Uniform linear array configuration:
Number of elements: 64
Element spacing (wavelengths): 0.5
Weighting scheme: exponential
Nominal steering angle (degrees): -45
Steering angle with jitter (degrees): -44.911
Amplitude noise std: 0.05
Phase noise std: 0.05

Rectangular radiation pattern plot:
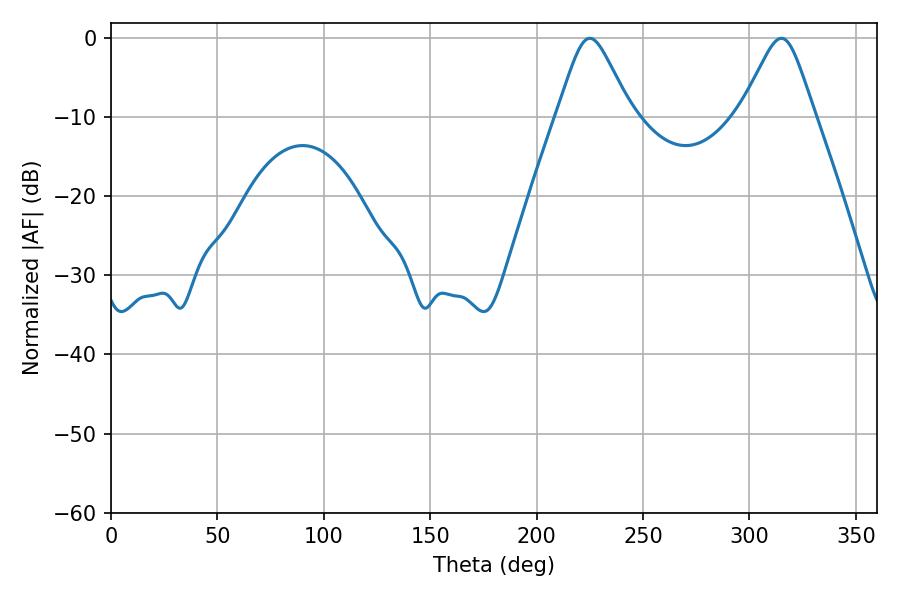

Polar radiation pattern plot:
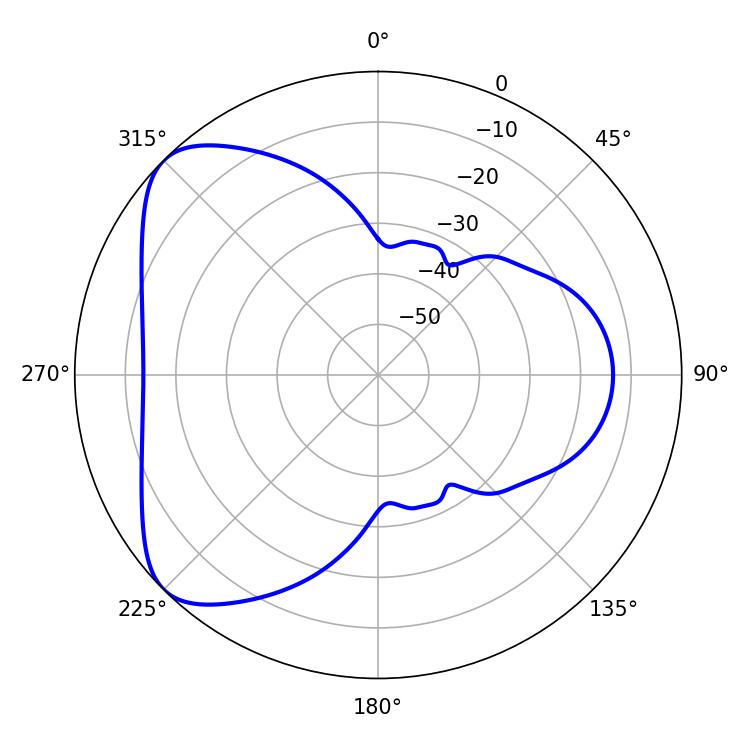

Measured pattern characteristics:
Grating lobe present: FALSE
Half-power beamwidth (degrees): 16.56
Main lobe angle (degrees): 225